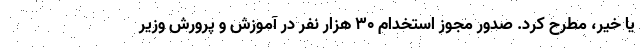
یا خیر، مطرح کرد. صدور مجوز استخدام 30 هزار نفر در آموزش و پرورش وزیر